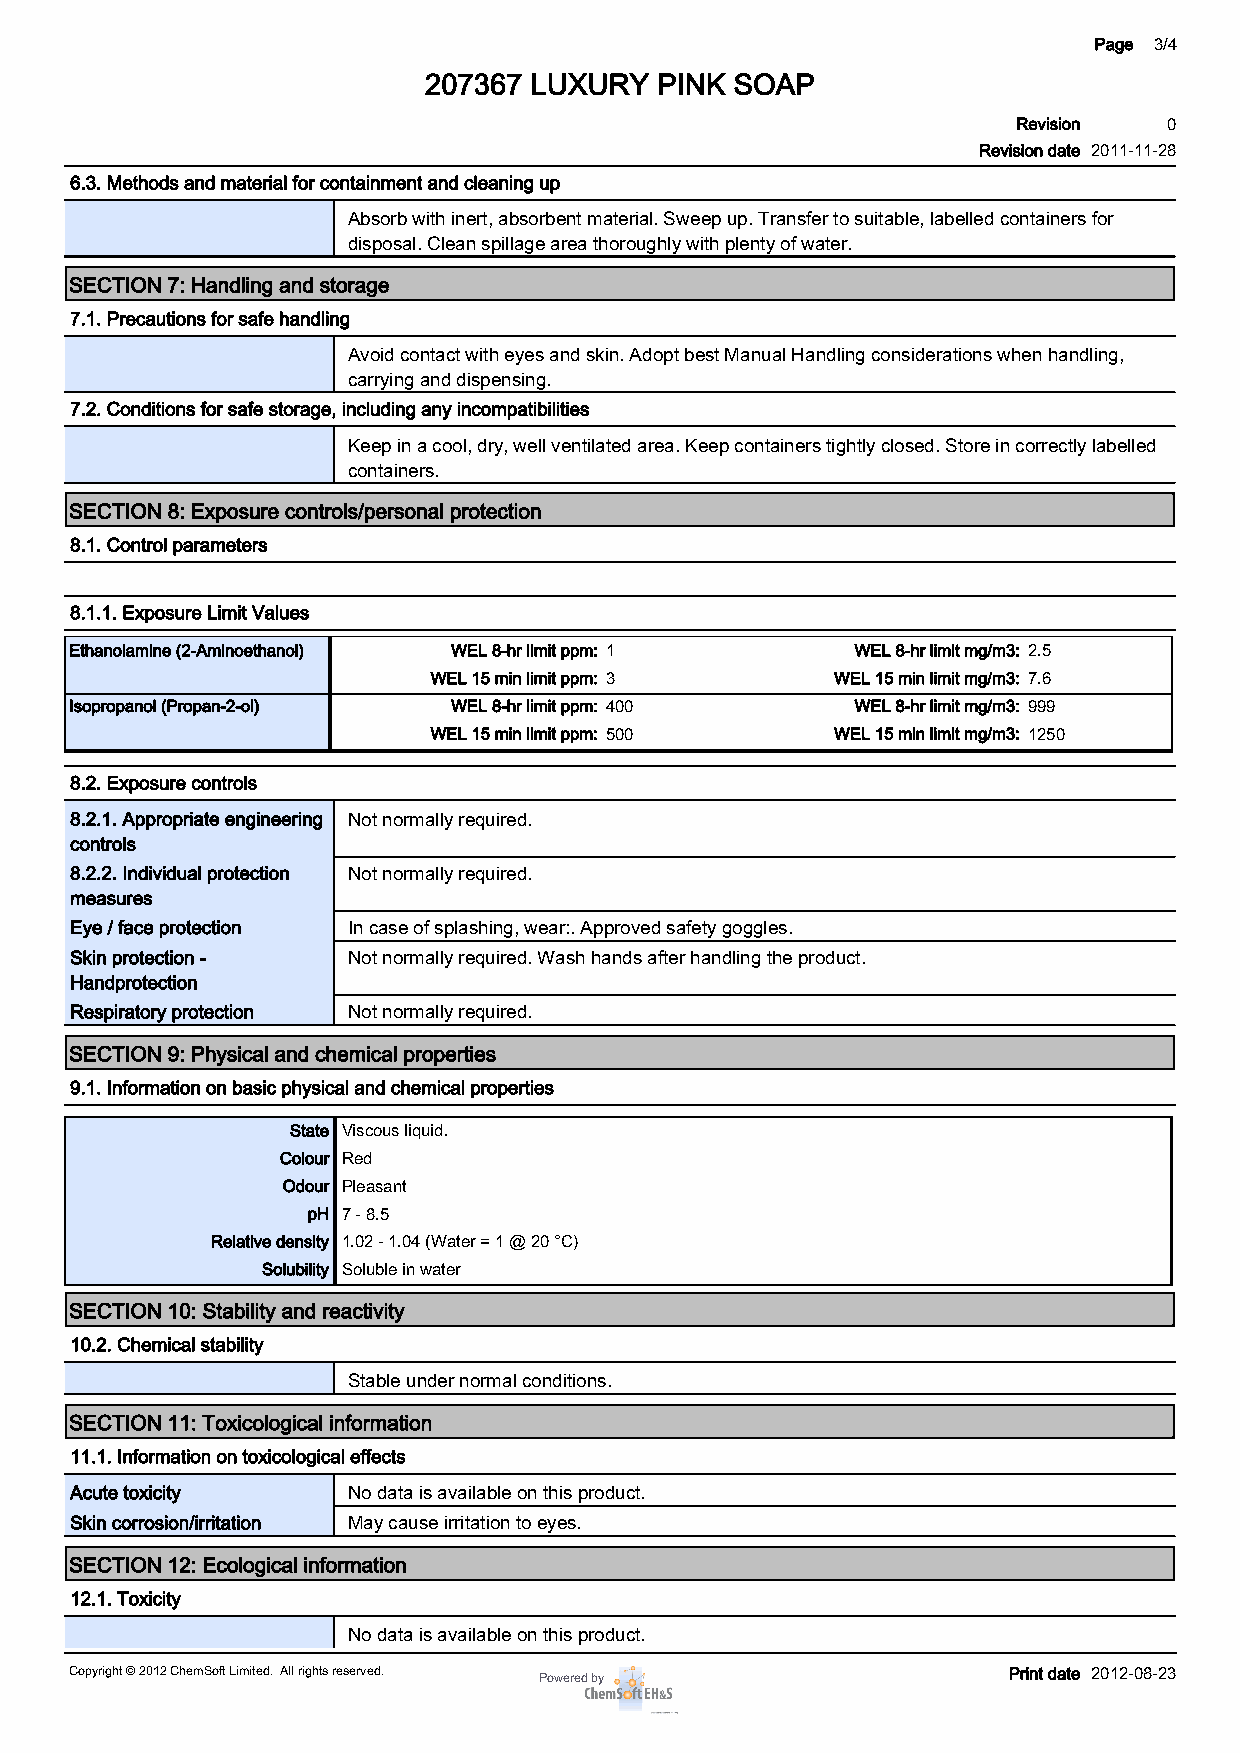
Page 3/4
 207367 LUXURY  PINK  SOAP
 Revision  0
 Revision date 2011-11-28
 6.3. Methods and material for containment and cleaning up
 Absorb with inert, absorbent material. Sweep up. Transfer to suitable, labelled containers for
 disposal. Clean spillage area thoroughly with plenty of water.
 SECTION 7: Handling and storage
 7.1. Precautions for safe handling
 Avoid contact with eyes and skin. Adopt best Manual Handling considerations when handling,
 carrying and dispensing.
 7.2. Conditions for safe storage, including any incompatibilities
 Keep in a cool, dry, well ventilated area. Keep containers tightly closed. Store in correctly labelled
 containers.
 SECTION 8: Exposure controls/personal protection
 8.1. Control parameters
 8.1.1. Exposure Limit Values
 Ethanolamine (2-Aminoethanol) WEL 8-hr limit ppm: 1 WEL 8-hr limit mg/m3: 2.5
 WEL 15 min limit ppm: 3   WEL 15 min limit mg/m3: 7.6
 Isopropanol (Propan-2-ol) WEL 8-hr limit ppm: 400   WEL 8-hr limit mg/m3: 999
 WEL 15 min limit ppm: 500 WEL 15 min limit mg/m3: 1250
 8.2. Exposure controls
 8.2.1. Appropriate engineering Not normally required.
 controls
 8.2.2. Individual protection Not normally required.
 measures
 Eye / face protection In case of splashing, wear:. Approved safety goggles.
 Skin protection - Not normally required. Wash hands after handling the product.
 Handprotection
 Respiratory protection Not normally required.
 SECTION 9: Physical and chemical properties
 9.1. Information on basic physical and chemical properties
 State Viscous liquid.
 Colour Red
 Odour Pleasant
 pH 7 - 8.5
 Relative density 1.02 - 1.04 (Water = 1 @ 20 °C)
 Solubility Soluble in water
 SECTION 10: Stability and reactivity
 10.2. Chemical stability
 Stable under normal conditions.
 SECTION 11: Toxicological information
 11.1. Information on toxicological effects
 Acute toxicity    No data is available on this product.
 Skin corrosion/irritation May cause irritation to eyes.
 SECTION 12: Ecological information
 12.1. Toxicity
 No data is available on this product.
 Copyright © 2012 ChemSoft Limited. All rights reserved. Powered by Print date 2012-08-23